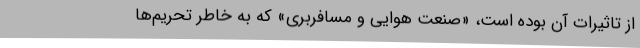
از تاثیرات آن بوده است، «صنعت هوایی و مسافربری» که به خاطر تحریم‌ها